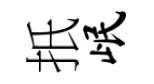
扺岷